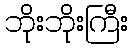
ဘိုးဘိုးကြီး